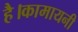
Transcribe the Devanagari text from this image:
है।कामायनी